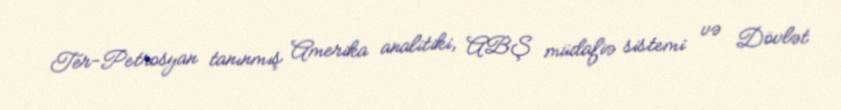
Ter-Petrosyan tanınmış Amerika analitiki, ABŞ müdafiə sistemi və Dövlət